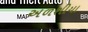
અળશીયા